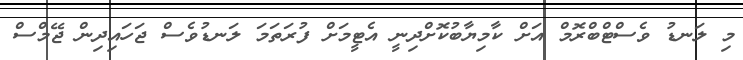
މި ލަނޑު ވެސްޓްބްރޮމް އަށް ކާމިޔާބުކޮށްދިނީ އެޓީމަށް ފުރަތަމަ ލަނޑުވެސް ޖަހައިދިން ޖޭމްސް